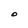
Character: O